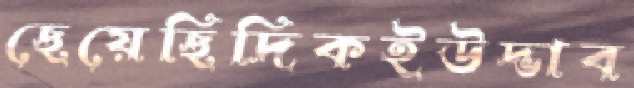
ছেয়েছিদিকইউদ্ভাব